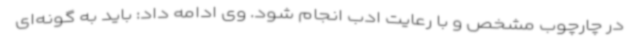
در چارچوب مشخص و با رعایت ادب انجام شود. وی ادامه داد: باید به گونه‌ای